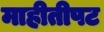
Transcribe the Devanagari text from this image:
माहीतीपट